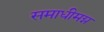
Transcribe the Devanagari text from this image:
समाधीमग्न